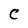
Character: C